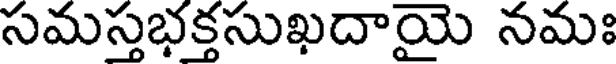
సమస్తభక్తసుఖదాయై నమః